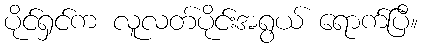
ပိုင်ရှင်က လူလတ်ပိုင်းအရွယ် ရောက်ပြီ။